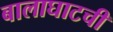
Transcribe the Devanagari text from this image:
बालाघाटची